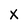
Character: X